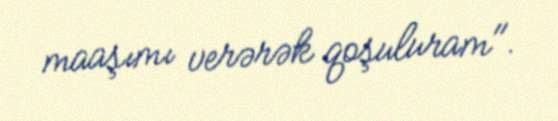
maaşımı verərək qoşuluram".